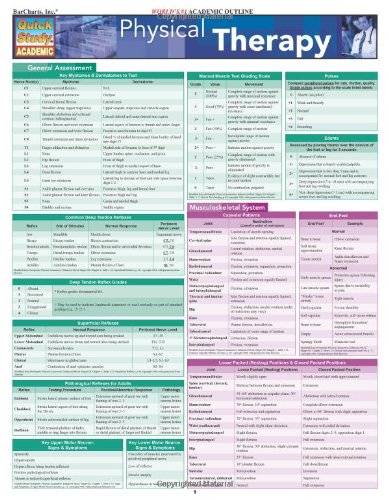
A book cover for Physical Therapy (Quickstudy: Academic); Inc. BarCharts; Medical Books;